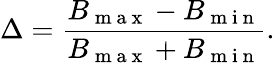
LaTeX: \Delta=\frac{B_{\mathrm{~m~a~x~}}-B_{\mathrm{~m~i~n~}}}{B_{\mathrm{~m~a~x~}}+B_{\mathrm{~m~i~n~}}}.